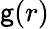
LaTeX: \mathsf{g}(r)